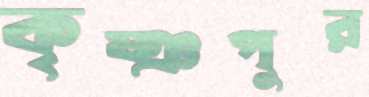
কৃষ্ঞপুর